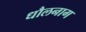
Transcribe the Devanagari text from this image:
धौलनाग